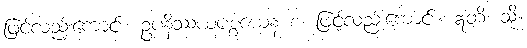
ဖြင့်လည်းကောင်း။ ဥပနိဿယပစ္စယေန စ၊ ဖြင့်လည်းကောင်း။ ဣတိ၊ သို့။